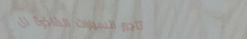
تأجير السيارات الفاخرة لل